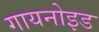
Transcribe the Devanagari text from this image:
गायनोइड